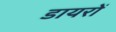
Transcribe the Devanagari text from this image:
डायरों